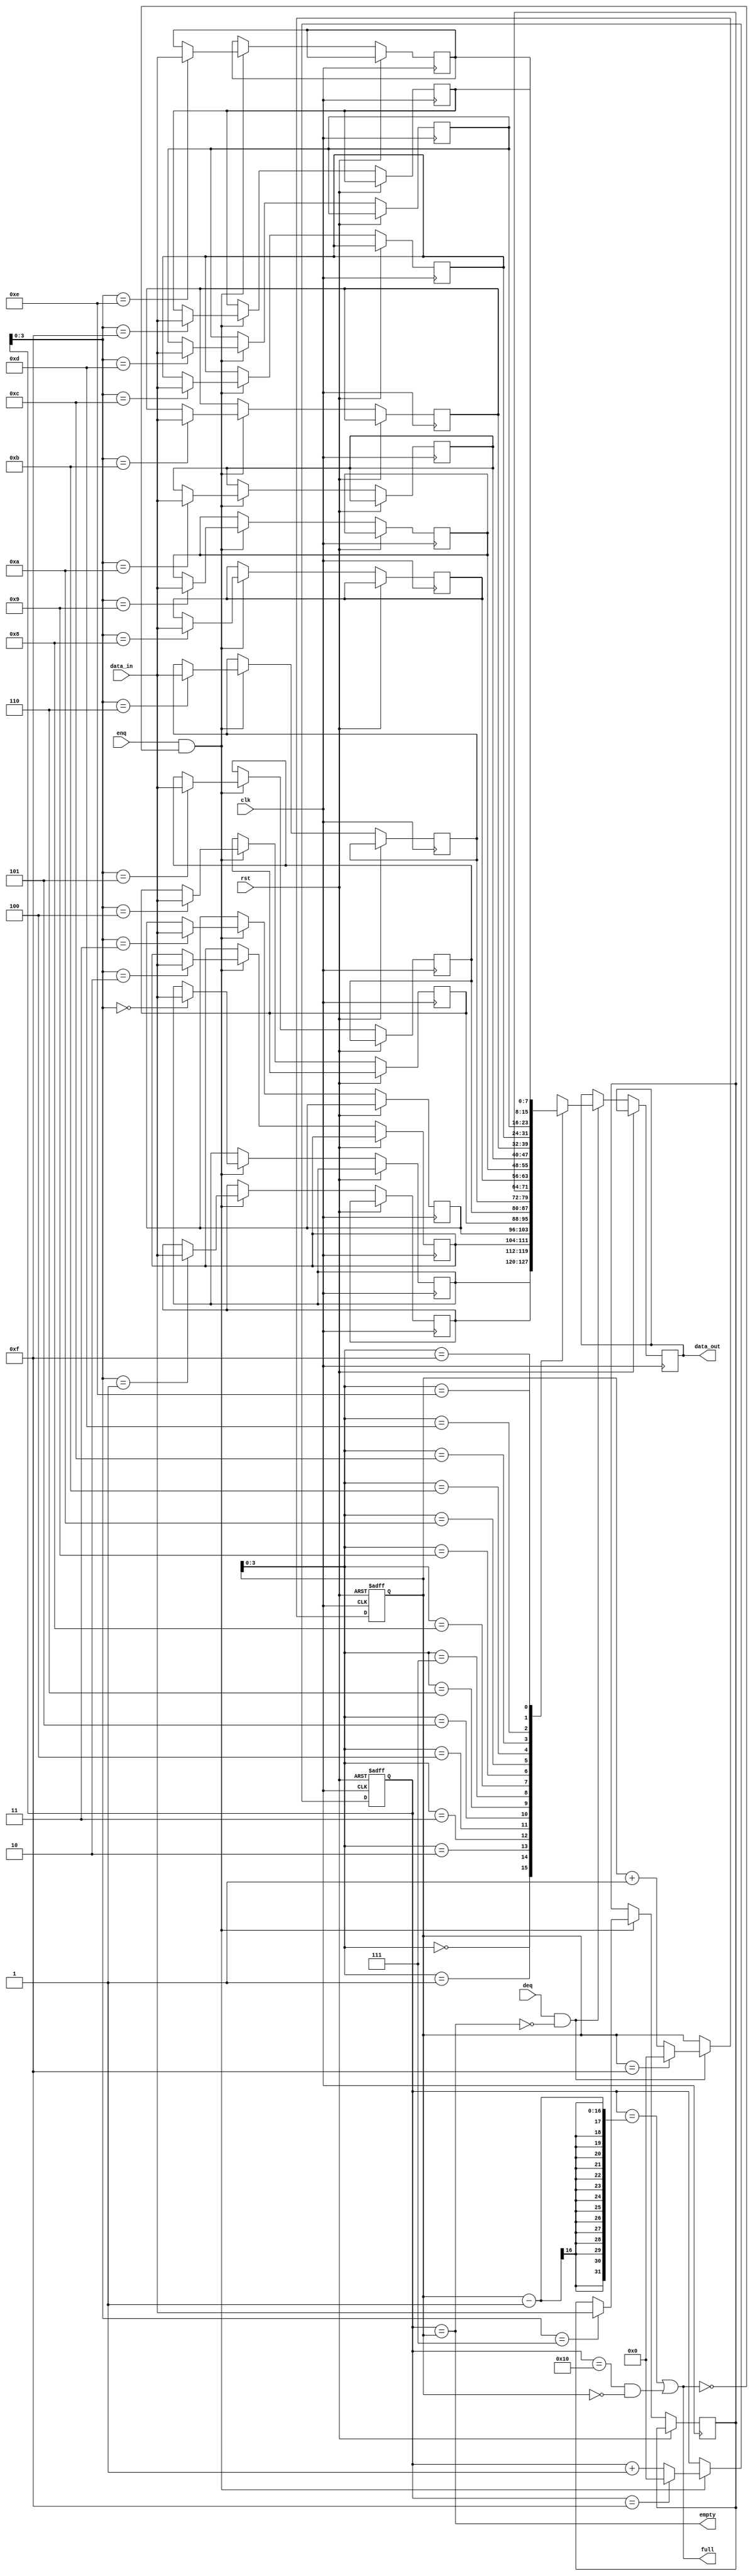
module circular_fifo
#(
    parameter DATA_WIDTH = 8, // Data width in bits
    parameter DEPTH = 16 // Depth of the circular FIFO
)
(
    input wire clk, // Clock signal
    input wire rst, // Reset signal
    input wire enq, // Enqueue signal
    input wire deq, // Dequeue signal
    input wire [DATA_WIDTH-1:0] data_in, // Input data
    output wire [DATA_WIDTH-1:0] data_out, // Output data
    output wire full, // Full flag
    output wire empty // Empty flag
);

reg [DATA_WIDTH-1:0] buffer [DEPTH-1:0]; // Data buffer
reg [DEPTH-1:0] write_pointer, read_pointer; // Write and read pointers

assign full = (write_pointer == read_pointer - 1) || (write_pointer == DEPTH && read_pointer == 0);
assign empty = (write_pointer == read_pointer);

always @(posedge clk or posedge rst) begin
    if (rst) begin
        write_pointer <= 0;
        read_pointer <= 0;
    end else begin
        if (enq && !full) begin
            buffer[write_pointer] <= data_in;
            write_pointer <= (write_pointer == DEPTH - 1) ? 0 : write_pointer + 1;
        end
        
        if (deq && !empty) begin
            data_out <= buffer[read_pointer];
            read_pointer <= (read_pointer == DEPTH - 1) ? 0 : read_pointer + 1;
        end
    end
end

endmodule